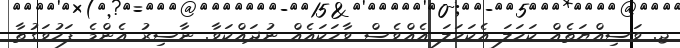
ޖ. ވަސިއްޔަތެއް ކަހަލަ އެކަހަލަ އެއްވެސް ވާހަކައެއް ނުދައްކަވާ. ނާސިރު އެންމެ ފަހުވަގުތާ